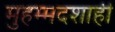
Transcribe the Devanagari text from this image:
मुहम्मदशाही